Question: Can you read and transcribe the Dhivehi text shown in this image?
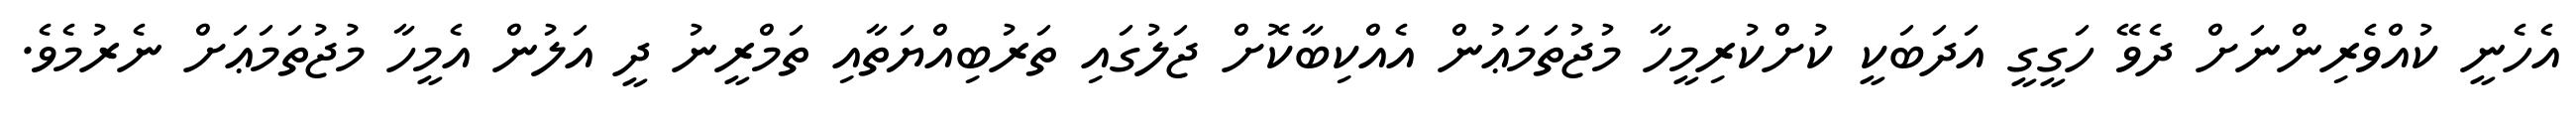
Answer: އެހެނީ ކުއްވެރިންނަށް ދެވޭ ހަގީގީ އަދަބަކީ ކުށްކުރިމީހާ މުޖުތަމަޢުން އެއްކިބާކޮށް ޖަލުގައި ތަރުބިއްޔަތާއި ތަމްރީނު ދީ އަލުން އެމީހާ މުޖުތަމަޢަށް ނެރުމެވެ.